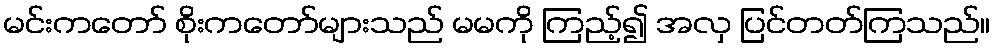
မင်းကတော် စိုးကတော်များသည် မမကို ကြည့်၍ အလှ ပြင်တတ်ကြသည်။